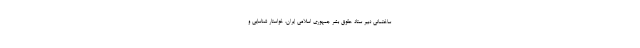
ساختمانی دبیر ستاد حقوق بشر جمهوری اسلامی ایران، خواستار شناسایی و